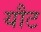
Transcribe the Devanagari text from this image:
यौट